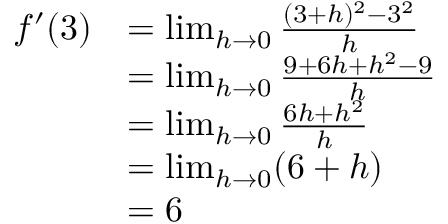
{ \begin{array} { r l } { f ^ { \prime } ( 3 ) } & { = \operatorname* { l i m } _ { h \to 0 } { \frac { ( 3 + h ) ^ { 2 } - 3 ^ { 2 } } { h } } } \\ & { = \operatorname* { l i m } _ { h \to 0 } { \frac { 9 + 6 h + h ^ { 2 } - 9 } { h } } } \\ & { = \operatorname* { l i m } _ { h \to 0 } { \frac { 6 h + h ^ { 2 } } { h } } } \\ & { = \operatorname* { l i m } _ { h \to 0 } ( 6 + h ) } \\ & { = 6 } \end{array} }